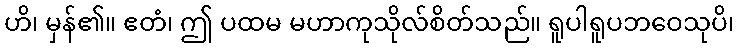
ဟိ၊ မှန်၏။ ဧတံ၊ ဤ ပထမ မဟာကုသိုလ်စိတ်သည်။ ရူပါရူပဘဝေသုပိ၊